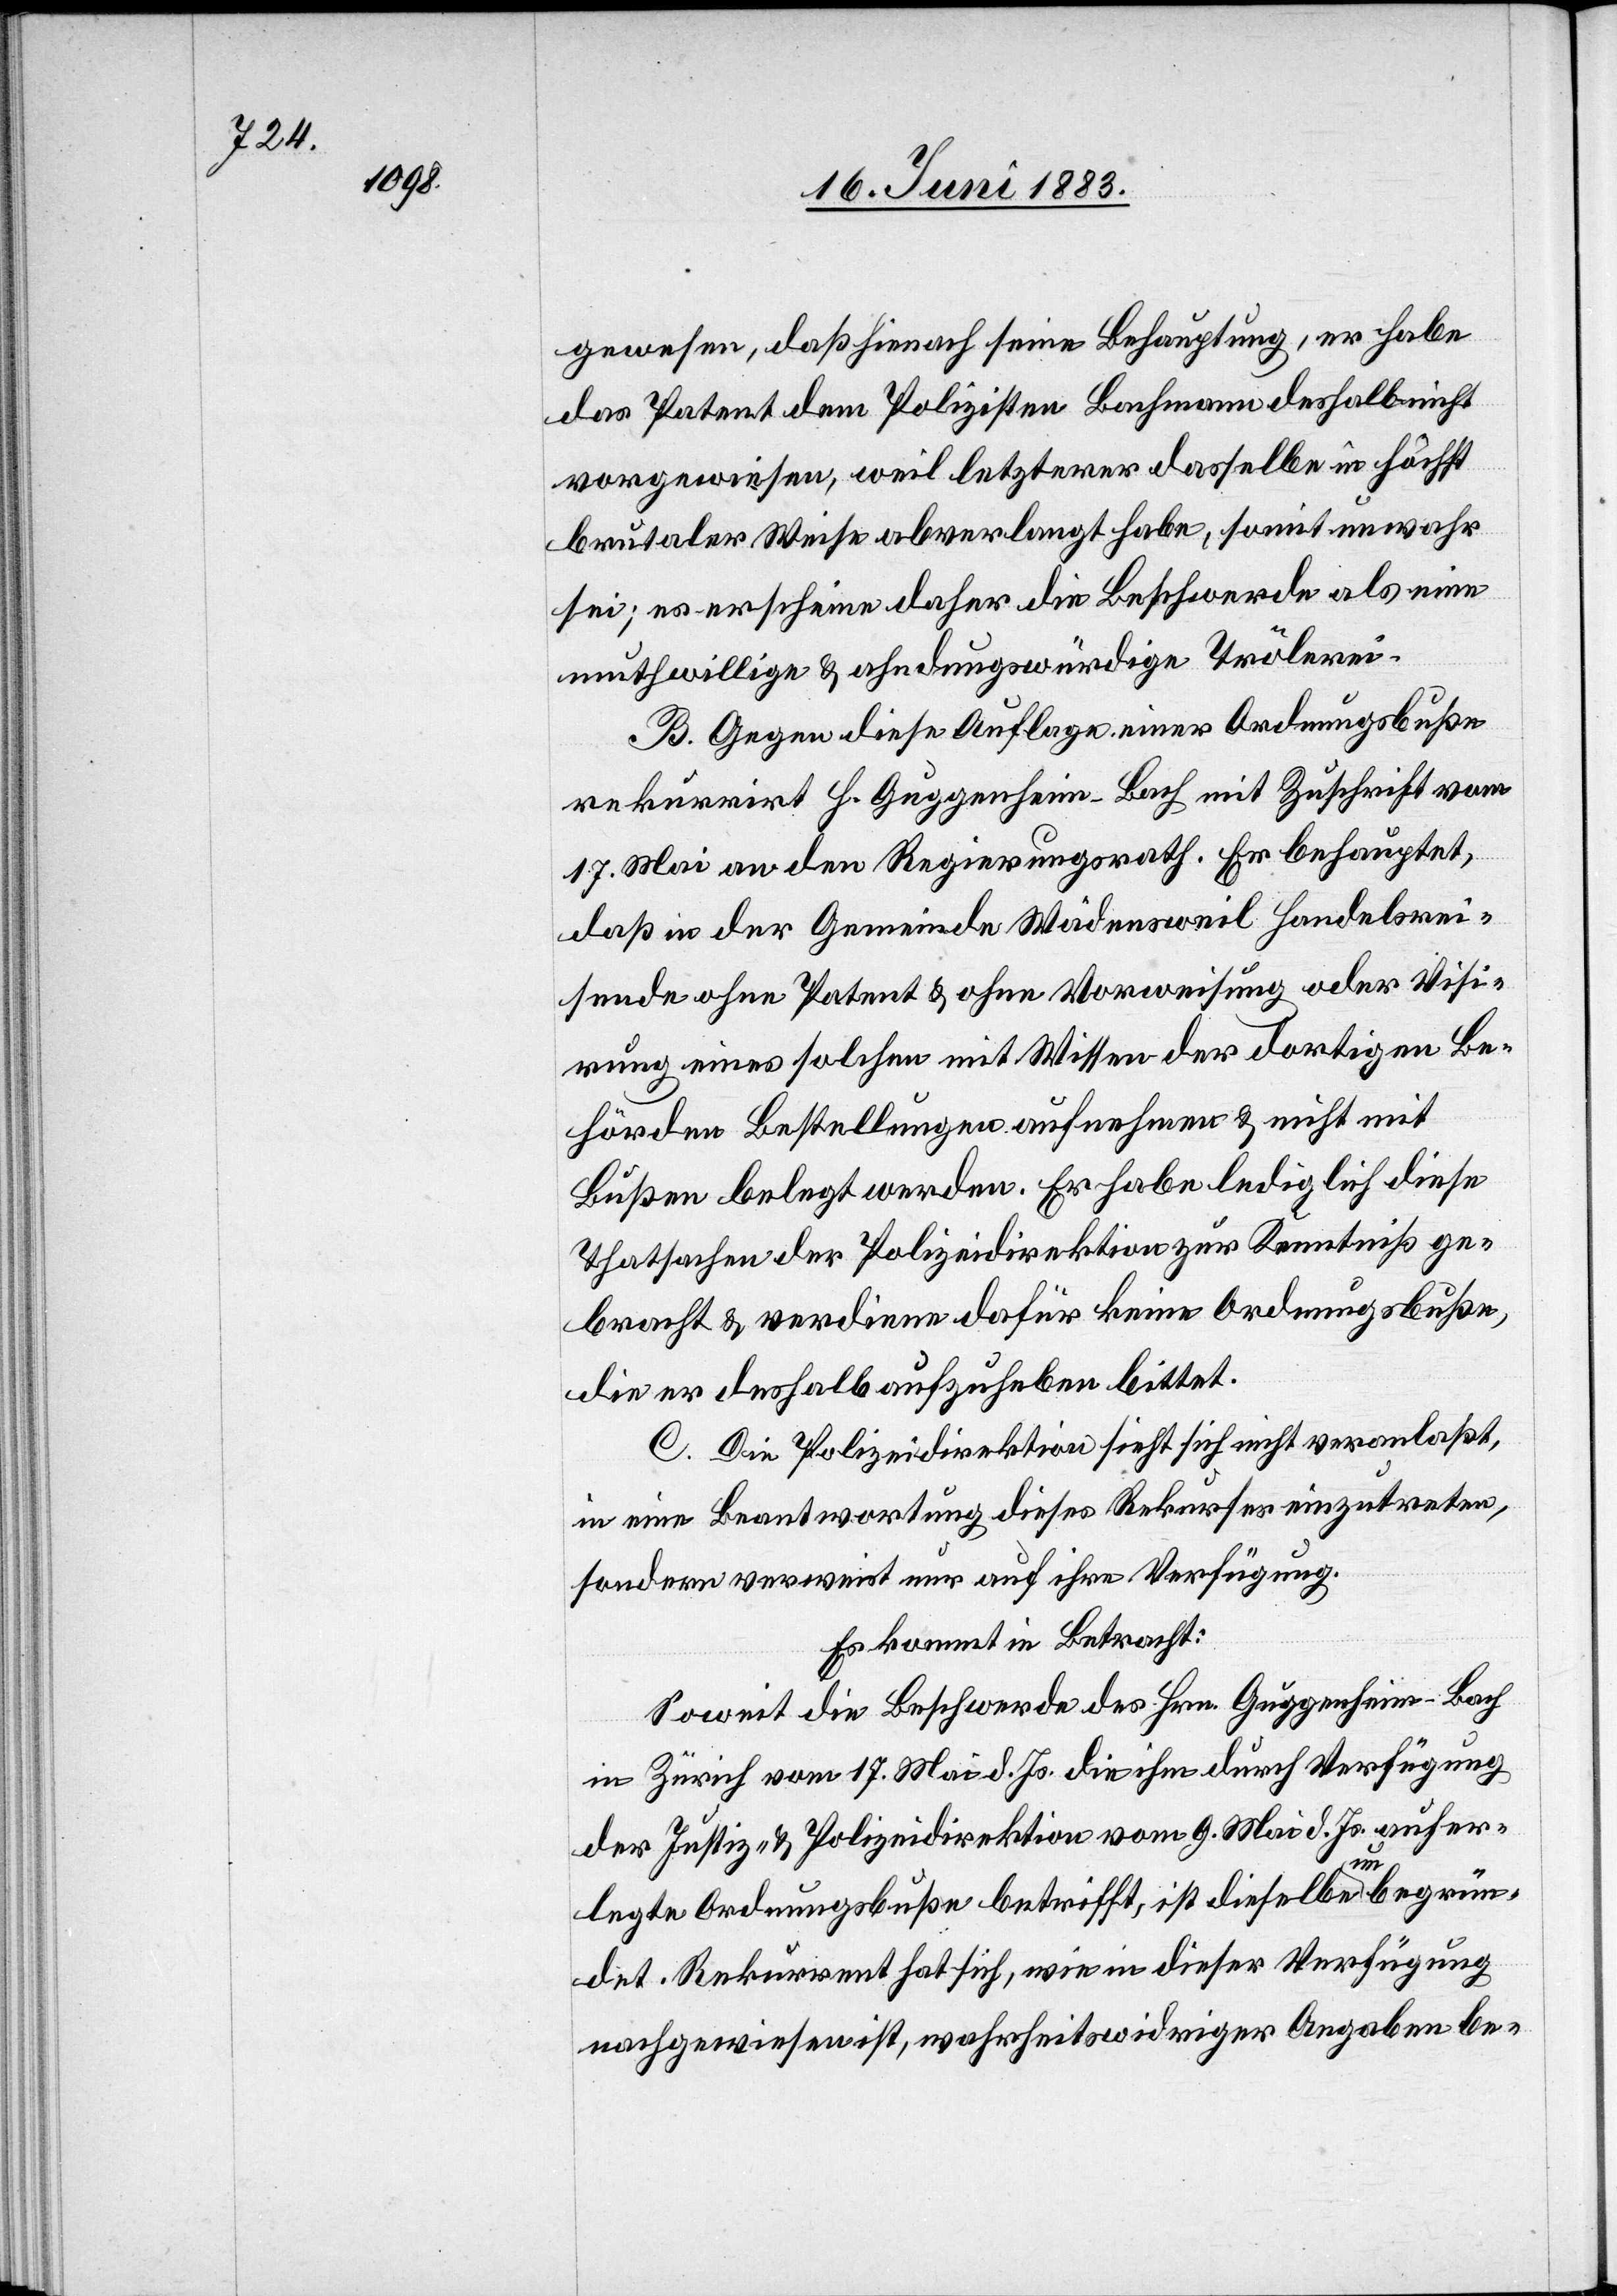
gewesen, daß hienach seine Behauptung, er habe
das Patent dem Polizisten Bachmann deshalb nicht
vorgewiesen, weil letzterer dasselbe in höchst
brutaler Weise abverlangt habe, somit unwahr
sei; es erscheine daher die Beschwerde als eine
muthwillige & ahndungswürdige Trölerei.
B. Gegen diese Auflage einer Ordnungsbuße
rekurrirt H. Guggenheim-Bach mit Zuschrift vom
17. Mai an den Regierungsrath. Er behauptet,
daß in der Gemeinde Wädensweil Handelsrei¬
sende ohne Patent & ohne Vorweisung oder Visi¬
rung eines solchen mit Wissen der dortigen Be¬
hörden Bestellungen aufnehmen & nicht mit
Bußen belegt werden. Er habe lediglich diese
Thatsachen der Polizeidirektion zur Kenntniß ge¬
bracht & verdiene dafür keine Ordnungsbuße,
die er deshalb aufzuheben bittet.
C. Die Polizeidirektion sieht sich nicht veranlaßt,
in eine Beantwortung dieses Rekurses einzutreten,
sondern verweist nur auf ihre Verfügung.
Es kommt in Betracht:
Sowie die Beschwerde des Hrn. Guggenheim-Bach
in Zürich vom 17. Mai d. Js. die ihm durch Verfügung
der Justiz- & Polizeidirektion vom 9. Mai d. Js. aufer¬
legte Ordnungsbuße betrifft, ist dieselbe unbegrün¬
det. Rekurrent hat sich, wie in dieser Verfügung
nachgewiesen ist, wahrheitswidriger Angaben be-